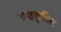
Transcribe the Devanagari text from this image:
वज्रकुटिल